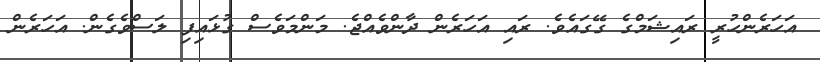
އަހަރެންހުރީ ރައިޝަމްގެ ގޭގައެވެ. ރައި އަހަރެން ދާންވެއްޖެ. މަންމަވެސް ގުޅައިފި ލަސްވެގެން. އަހަރެން